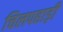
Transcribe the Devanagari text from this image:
चिलपहाड़ी